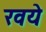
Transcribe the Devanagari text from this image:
रवये